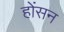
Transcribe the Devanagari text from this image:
होंसन